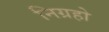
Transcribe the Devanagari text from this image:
निग्रहो